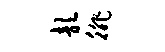
歆徘